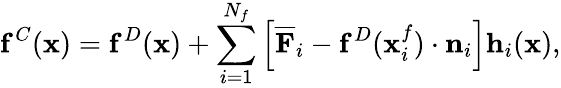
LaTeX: \mathbf{f}^{C}(\mathbf{x})=\mathbf{f}^{D}(\mathbf{x})+\sum_{i=1}^{N_{f}}\left[\overline{{\mathbf{F}}}_{i}-\mathbf{f}^{D}(\mathbf{x}_{i}^{f})\cdot\mathbf{n}_{i}\right]\mathbf{h}_{i}(\mathbf{x}),